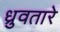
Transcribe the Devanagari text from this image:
ध्रुवतारे